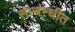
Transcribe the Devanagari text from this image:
सम्बंन्धीत